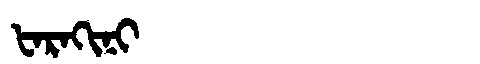
Manchu: ᡶᠠᡵᠠᡴᡳᠨᡳ
Romanization: FARAKINI